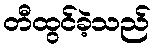
တီထွင်ခဲ့သည်